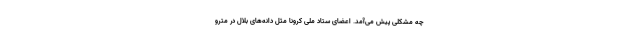
چه مشکلی پیش می‌آمد. اعضای ستاد ملی کرونا مثل دانه‌های بلال در مترو